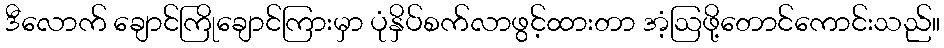
ဒီလောက် ချောင်ကြိုချောင်ကြားမှာ ပုံနှိပ်စက်လာဖွင့်ထားတာ အံ့ဩဖို့တောင်ကောင်းသည်။